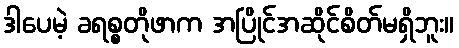
ဒါပေမဲ့ ခရစ္စတိုဖာက အပြိုင်အဆိုင်စိတ်မရှိဘူး။